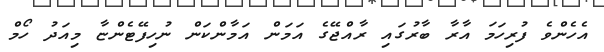
އެހެންވެ ފުރިހަމަ އާރާ ބާރުގައި ރާއްޖޭގެ އަމަން އަމާންކަން ނުހިފޭޓެންޏާ މިއަދު ހޯމް